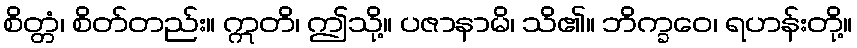
စိတ္တံ၊ စိတ်တည်း။ ဣတိ၊ ဤသို့။ ပဇာနာမိ၊ သိ၏။ ဘိက္ခဝေ၊ ရဟန်းတို့။